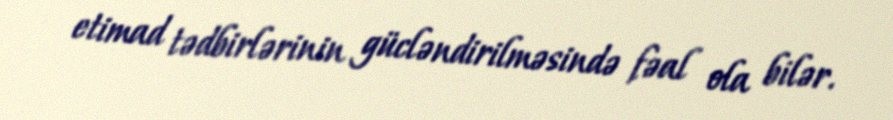
etimad tədbirlərinin gücləndirilməsində fəal ola bilər.